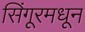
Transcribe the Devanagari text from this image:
सिंगूरमधून